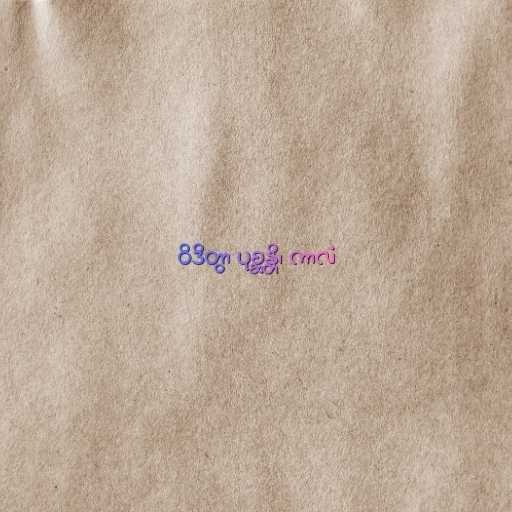
ဝိဒိတွာ ပုစ္ဆန္တိ၊ ကာလံ